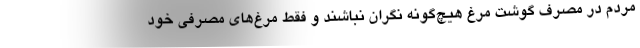
مردم در مصرف گوشت مرغ هیچ‌گونه نگران نباشند و فقط مرغ‌های مصرفی خود